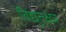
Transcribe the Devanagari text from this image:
विद्युत्‌क्षेत्र